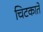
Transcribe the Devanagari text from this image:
चिटकाते